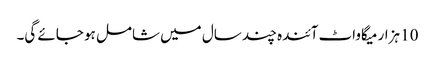
10 ہزار میگاواٹ آئندہ چند سال میں شامل ہو جائے گی۔